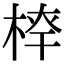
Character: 𣔏